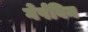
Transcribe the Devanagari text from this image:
गेर्षविन